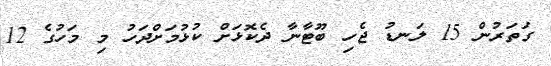
ގަތަރުން 15 ލަނޑު ޖެހި ބޫޓާނާ ދެކޮޅަށް ކުޅުމަށްދަހު މި މަހުގެ 12